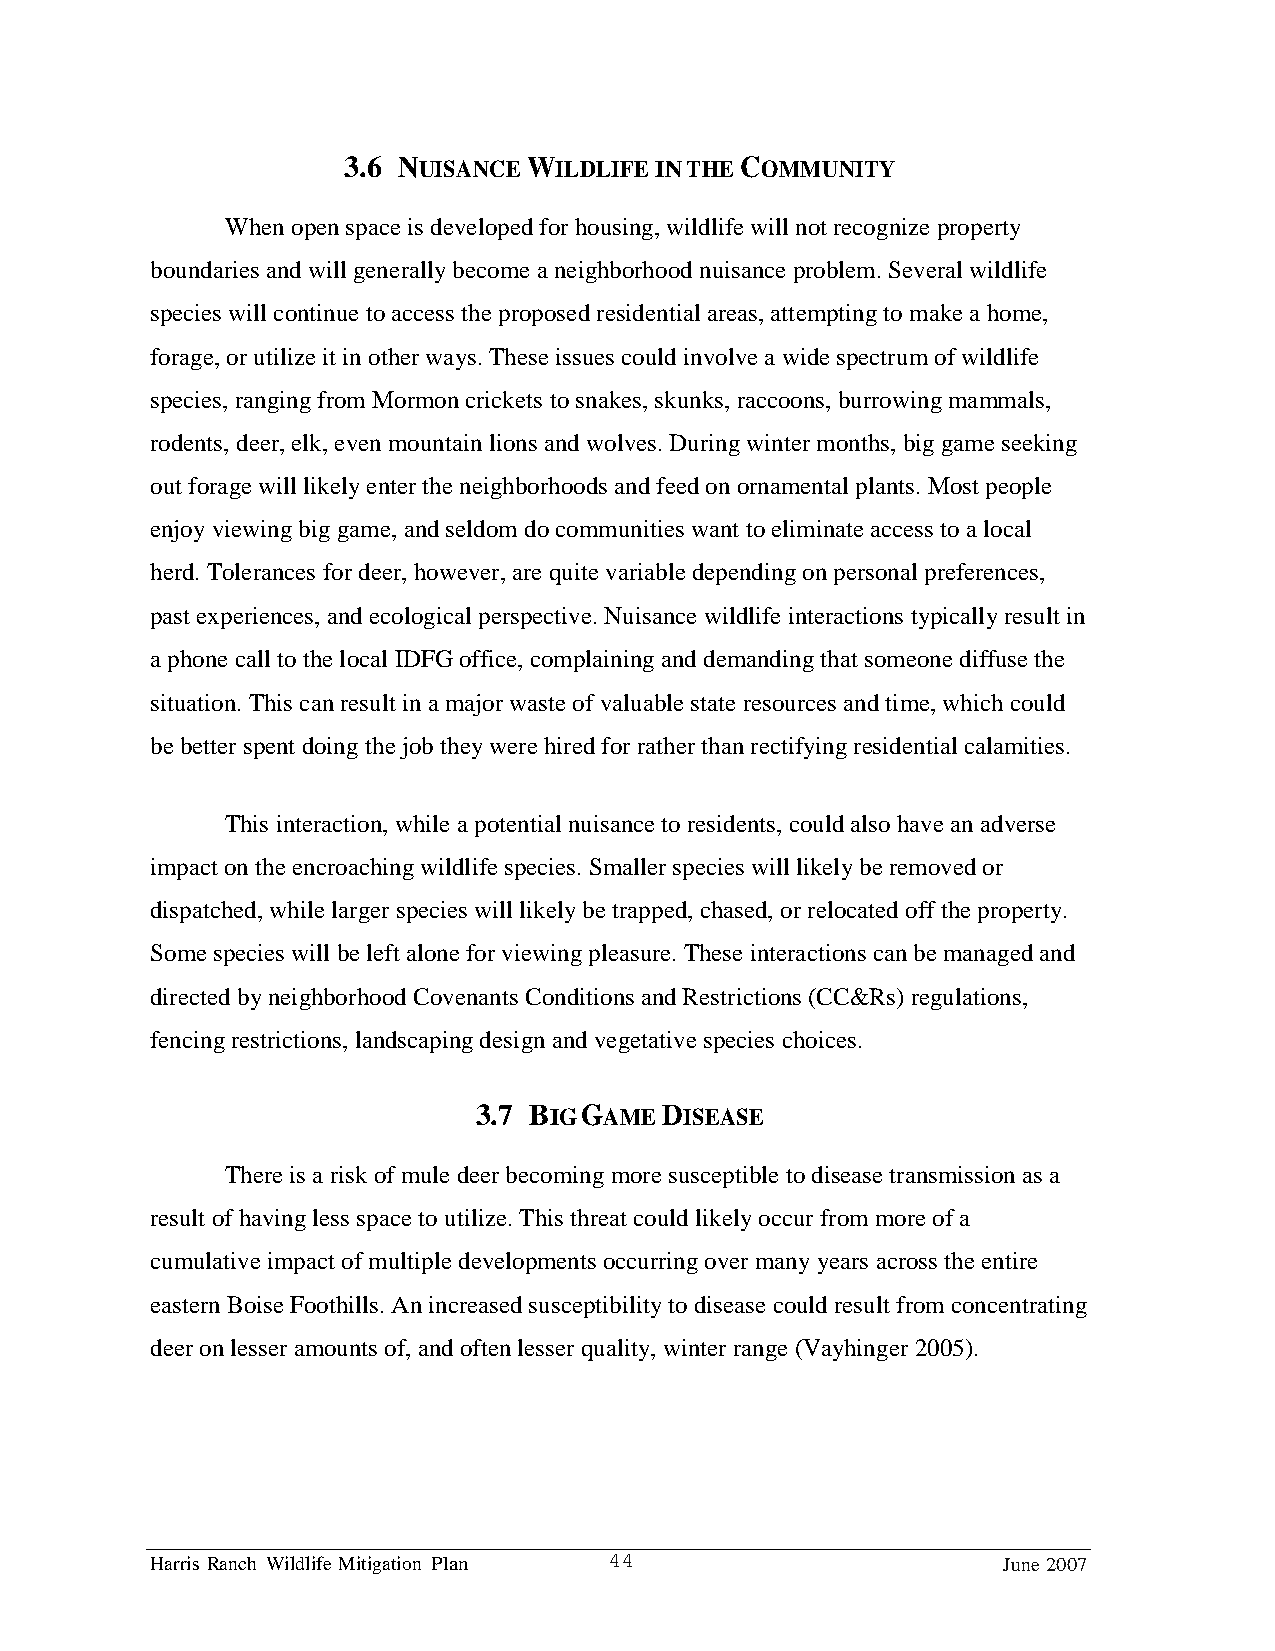
3.6 NUISANCE WILDLIFE IN THE COMMUNITY
 When open space is developed for housing, wildlife will not recognize property
 boundaries and will generally become a neighborhood nuisance problem. Several wildlife
 species will continue to access the proposed residential areas, attempting to make a home,
 forage, or utilize it in other ways. These issues could involve a wide spectrum of wildlife
 species, ranging from Mormon crickets to snakes, skunks, raccoons, burrowing mammals,
 rodents, deer, elk, even mountain lions and wolves. During winter months, big game seeking
 out forage will likely enter the neighborhoods and feed on ornamental plants. Most people
 enjoy viewing big game, and seldom do communities want to eliminate access to a local
 herd. Tolerances for deer, however, are quite variable depending on personal preferences,
 past experiences, and ecological perspective. Nuisance wildlife interactions typically result in
 a phone call to the local IDFG office, complaining and demanding that someone diffuse the
 situation. This can result in a major waste of valuable state resources and time, which could
 be better spent doing the job they were hired for rather than rectifying residential calamities.
 This interaction, while a potential nuisance to residents, could also have an adverse
 impact on the encroaching wildlife species. Smaller species will likely be removed or
 dispatched, while larger species will likely be trapped, chased, or relocated off the property.
 Some species will be left alone for viewing pleasure. These interactions can be managed and
 directed by neighborhood Covenants Conditions and Restrictions (CC&Rs) regulations,
 fencing restrictions, landscaping design and vegetative species choices.
 3.7 BIG GAME DISEASE
 There is a risk of mule deer becoming more susceptible to disease transmission as a
 result of having less space to utilize. This threat could likely occur from more of a
 cumulative impact of multiple developments occurring over many years across the entire
 eastern Boise Foothills. An increased susceptibility to disease could result from concentrating
 deer on lesser amounts of, and often lesser quality, winter range (Vayhinger 2005).
 Harris Ranch Wildlife Mitigation Plan 44                June 2007